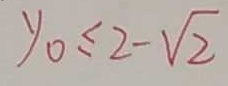
y _ { 0 } \leq 2 - \sqrt { 2 }